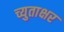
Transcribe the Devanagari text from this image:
च्युताक्षर